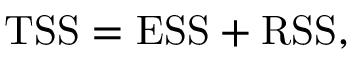
\mathrm { T S S } = \mathrm { E S S } + \mathrm { R S S } ,